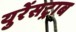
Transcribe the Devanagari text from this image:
युरेंसट्राब